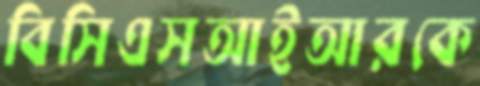
বিসিএসআইআরকে